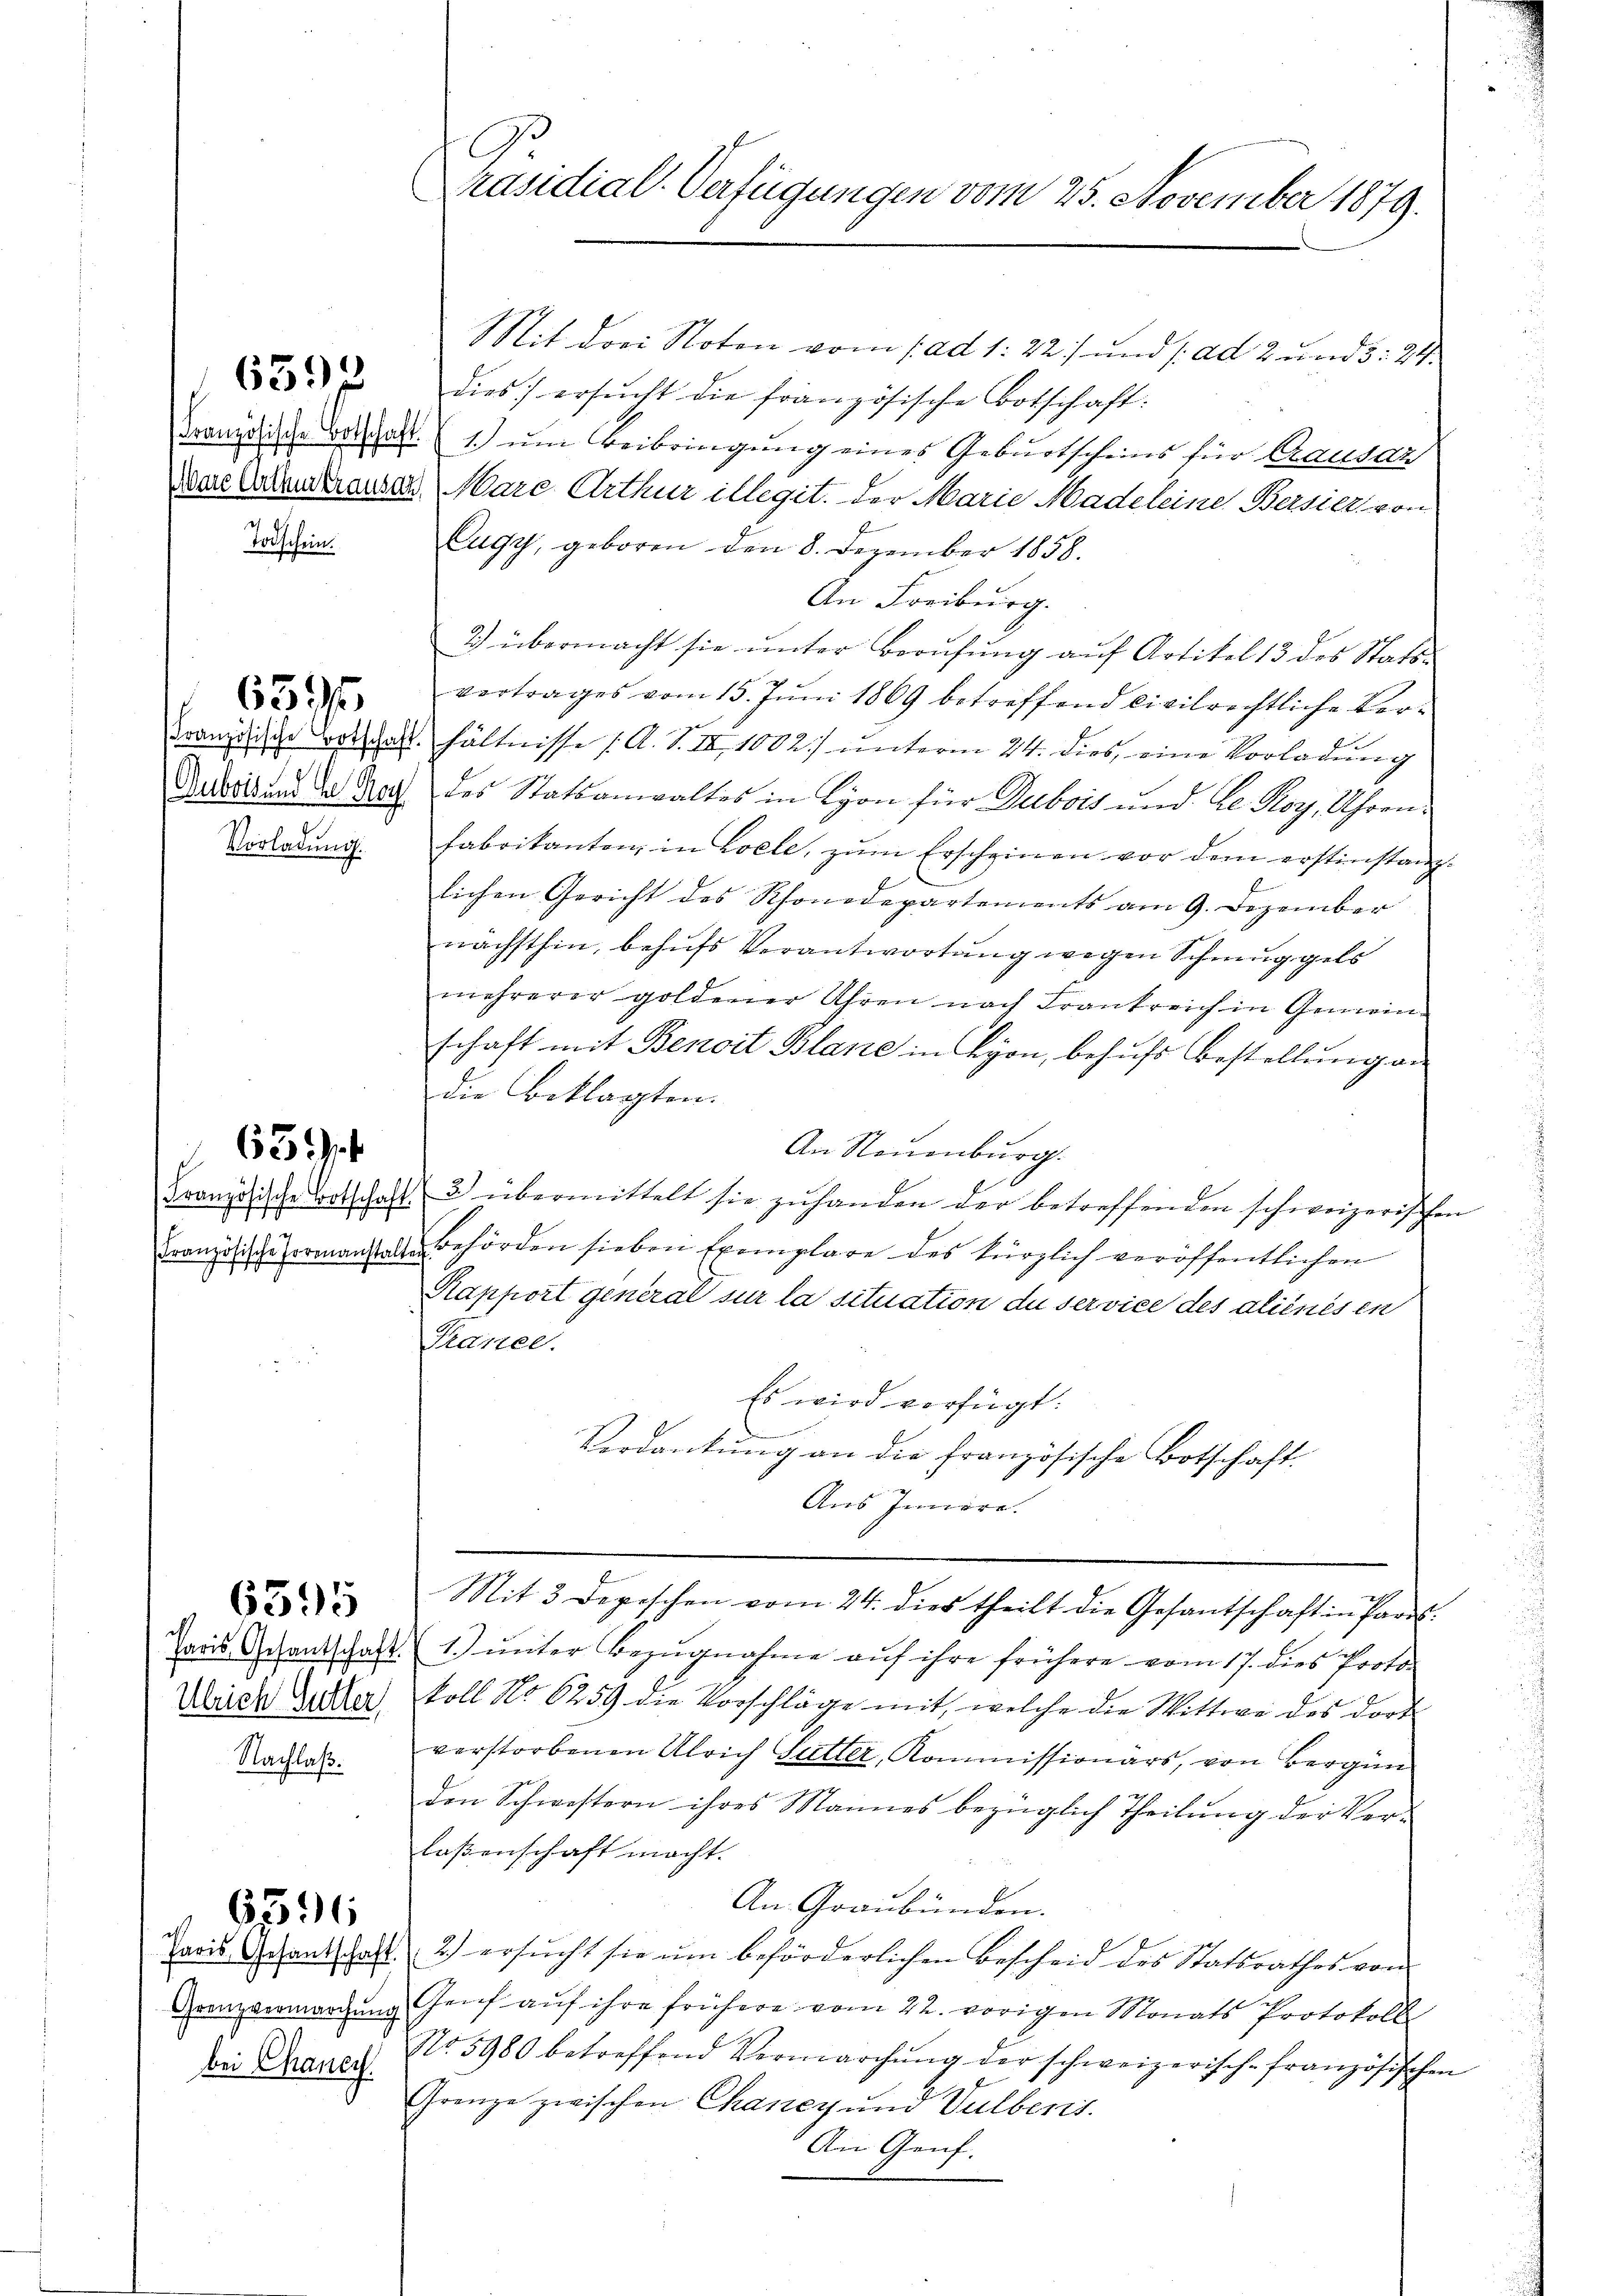
Todschein.

651

s

Nachlaß.

6395

6596

Grenzvermarchung
bei Chanen.

C
Präsidial-Verfügungen vom 25. November 1879.

Mit drei Noten vom 1. ad 1. 22) und ad 2 und 5: 24.
532 dies ersŭcht die französische Botschaft.
Franzische Betschaft (s. um Beibringung eines Geburtscheins für Causaz
Der Grena Mare Arthur illegit. der Marie Madeleine Bersier von
Eugy, geboren den 8. Dezember 1858.
An Freiburg.
2) übermacht sie ŭnter Berŭfŭng aŭf Artikel 13 des Stats-
vortrages vom 15. Jŭni 1869 betreffend Civilrechtliche Ber-
Franzige Botschaft hältnisse A. S. IX. 1002) unterm 24. dies, eine Vorladung
Arbeits und der Rath des Statsanwaltes in Lyon für Dubois und Se. Koy, Uhren¬
Vorladŭng. Fabrikanten, in Coele, zŭm Erscheinen vor dem erstinstanz-
lichen Gericht des Rhonedepartements am 9. Dezember
nächsthin, behufs Verantwortung wegen Schmuggels
mehrerer goldener Uhren nach Frankreich in Gemeinschaft mit Benoit Blane in Lyon, behufs Bestellung an
Die Beklagten.
An Neuenburg.
Französische Botschaft 3 übermittelt sie zŭ handen der betreffenden schweizerischen
Französische romanstalter Behörden sieben Exemplare des kürzlich veröffentlichen
Rapport general sur la situation du service des aliénés en
Tanee.
Es wird verfügt:
Verdankung an die französische Bootschaft.
Aus Innere.
Mit 3 Depeschen vom 24. dies theilt die Gesantschaft in Paris
Paas Schantschaft 1.) ŭnter Bezŭgnahme aŭf ihre frühere vom 17. dies Proto-
Weise Ausler Moll No 6259 die Vorschläge mit, welche die Wittwe des dort
verstorbenen Ulrich Gutter, Kommissionärs, von Bergan
den Schwestern ihres Mannes bezüglich Theilung der Ver-
laßenschaft macht.
An Graubünden.
Paris Gesantschaft 2.) ersŭcht sie ŭm beförderlichen Bescheid des Statsrathes von
Genf aŭf ihre frühere vom 22. vorigen Monats Protokoll
No. 5980 betreffend Vermarchŭng der schweizerisch-französischen
Grenze zwischen Chancy und Vulbert.
An Genf.